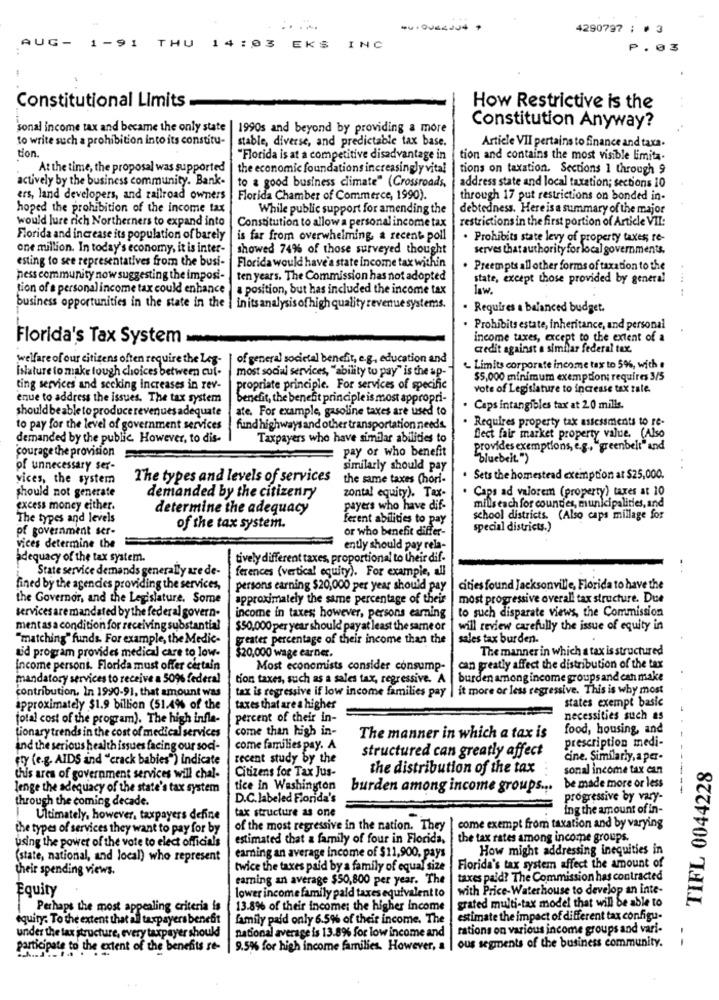
4290797 : # 3
THU
AUG- 1-91
14 :03 EKS INC
₱.03
Constitutional Limits
How Restrictive is the
sonal income tax and became the only state
1990s and beyond by providing a more
Constitution Anyway?
to write such a prohibition into its constitu-
stable, diverse, and predictable tax base.
Article VII pertains to finance and taxa.
tion.
"Florida is at a competitive disadvantage in
tion and contains the most visible limita.
At the time, the proposal was supported
the economic foundations increasingly vital
tions on taxation. Sections 1 through 9
actively by the business community. Bank-
to a good business climate" (Crossroads,
address state and local taxation; sections 10
ers, land developers, and railroad owners
Florida Chamber of Commerce, 1990).
through 17 put restrictions on bonded in-
hoped the prohibition of the income tax
While public support for amending the
debtedness. Here is a summary of the major
would lure rich Northerners to expand into
Constitution to allow a personal income tax
restrictions in the first portion of Article VII:
Florida and increase its population of barely
is far from overwhelming & recent poll
· Prohibits state levy of property taxes; re-
one million. In today's economy, it is inter-
showed 74% of those surveyed thought
serves that authority for local governments.
esting to see representatives from the busi-
Florida would have's state income tax within
Preempts all other forms of taxation to the
pess community now suggesting the imposi- | ten years. The Commission has not adopted
state, except those provided by general
tion of a personal income tax could enhance | a position, but has included the income tax
law
......
business opportunities in the state in the | initsanalysisofhigh quality revenue systems.
Requires a balanced budget.
Prohibits estate, inheritance, and personal
Florida's Tax System-
income taxes, except to the extent of a
credit against a similar federal tax.
welfare of our citizens often require the Leg-
of general societal benefit, e.g ., education and
Islature to make tough choices between cut-
most social services, "ability to pay" is the ap-
Limits corporate income tax to 5%, with a
$5,000 minimum exemption; requires 3/5
ting services and secking increases in rev-
propriate principle. For services of specific
vote of Legislature to increase tax rate.
enue to address the issues. The tax system
benefit, the benefit principle is most appropri-
should be able to produce revenues adequate
ate. For example, gasoline taxes are used to
Caps intangibles tax at 2.0 mills.
. Requires property tax assessments to re-
to pay for the level of government services
fund highways and other transportation needs.
demanded by the public. However, to dis-
Taxpayers who have similar abilities to
flect fair market property value. (Also
courage the provision
pay or who benefit
provides exemptions, e.g ., "greenbelt" and
bluebelt")
of unnecessary ser-
similarly should pay
vices, the system
The types and levels of services
the same taxes Chori-
Sets the homestead exemption at $25,000.
should not generate
zontal equity). Tax-
Caps ad valorem (property) taxes at 10
demanded by the citizenry
mills each for coundes, municipalities, and
excess money either.
determine the adequacy
payers who have dif-
The types and levels
ferent abilities to pay
school districts. (Also caps millage for
pf government ser-
of the tax system.
or who benefit differ-
special districts.)
vices determine the
ently should pay rela-
adequacy of the tax system.
tively different taxes, proportional to their dif-
State service demands generally are de-
ferences (vertical equity). For example, all
fined by the agencies providing the services,
persons earning $20,000 per year should pay
cities found Jacksonville, Florida to have the
the Governor, and the Legislature. Some
approximately the same percentage of their
most progressive overall tax structure. Due
to such disparate views, the Commission
services are mandated by the federal govern-
income in taxes; however, persons earning
ment as a condition for receiving substantial
$50,000 per year should payat least the same or
will review carefully the issue of equity in
"matching" funds. For example, the Medic-
greater percentage of their income than the
sales tax burden.
aid program provides medical care to low-
$20,000 wage earner.
The manner in which a tax is structured
income persons. Florida must offer certain
Most economists consider consump-
can greatly affect the distribution of the tax
mandatory services to receive a 50% federal
tion taxes, such as a sales tax, regressive. A
burden among income groups and can make
contribution. In 1990-91, that amount was
tax is regressive if low income families pay | it more or less regressive. This is why most
states exempt basic
approximately $1.9 billion (51.4% of the
taxes that are a higher
total cost of the program). The high infla-
percent of their in-
necessities such as
tionary trends in the cost of medical services
come than high in-
food, housing, and
The manner in which a tax is
prescription medi-
and the serious health issues facing our soci-
come families pay. A
ety (e.g. AIDS and "crack babies") indicate
recent study by the
structured can greatly affect
cine. Similarly, a per-
Citizens for Tax Jus-
the distribution of the tax
sonal income tax enn
TIFL 0044228
this ares of government services will chal-
lenge the adequacy of the state's tax system
tice in Washington
burden among income groups ... be made more or less
through the coming decade.
D.C.labeled Florida's
progressive by vary-
tax structure as one
ing the amount of in-
Ultimately, however, taxpayers define
the types of services they want to pay for by
of the most regressive in the nation. They | come exempt from taxation and by varying
using the power of the vote to elect officials
estimated that a family of four in Florida,
the tax rates among income groups.
How might addressing inequities in
(state, national, and local) who represent
earning an average income of $11,900, pays
their spending views.
twice the taxes paid by a family of equal size
Florida's tax system affect the amount of
earning an average $50,800 per year. The
taxes paid? The Commission has contracted
Equity
with Price-Waterhouse to develop an inte-
lower income family paid taxes equivalent to
grated multi-tax model that will be able to
Perhaps the most appealing criteria is
13.8% of their income: the higher income
equity: To the extent that all taxpayers benefit
family paid only 6.5% of their income. The
estimate the impact of different tax configu-
national average is 13.8% for low income and
rations on various income groups and vari-
under the lax structure, every taxpayer should
--
participate to the extent of the benefits re-
9.5% for high income families. However, a
ous segments of the business community.